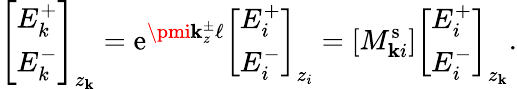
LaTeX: \left[\begin{array}{l}{E_{k}^{+}}\\ {E_{k}^{-}}\end{array}\right]_{z_{\mathbf{k}}}=\mathrm{{e}}^{\pmi\mathbf{k}_{z}^{\pm}\ell}\left[\begin{array}{l}{E_{i}^{+}}\\ {E_{i}^{-}}\end{array}\right]_{z_{i}}=[M_{\mathbf{k}i}^{\mathrm{{s}}}]\left[\begin{array}{l}{E_{i}^{+}}\\ {E_{i}^{-}}\end{array}\right]_{z_{\mathbf{k}}}.